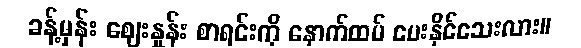
ခန့်မှန်း ဈေးနှုန်း စာရင်းကို နောက်ထပ် ပေးနိုင်သေးလား။